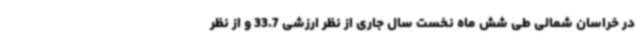
در خراسان شمالی طی شش ماه نخست سال جاری از نظر ارزشی 33.7 و از نظر